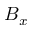
B _ { x }